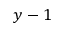
y - 1